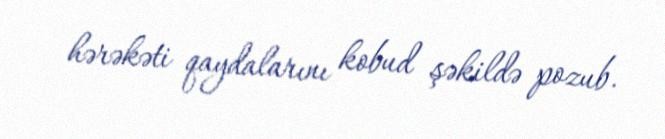
hərəkəti qaydalarını kobud şəkildə pozub.